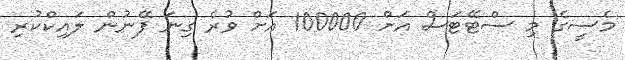
މެސީގެ މި ސްޓޭޓަސް އަށް 100000 އަށް ވުރެ ގިނަ ފޭނުން ލައިކްކުރި